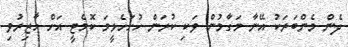
ދެން މެންބަރަކު އޭނާ މަގާމުން ވަކި ކުރަން ހުށަހެޅީމަ ކޮމެޓީ އަށް ހާޒިރުވި